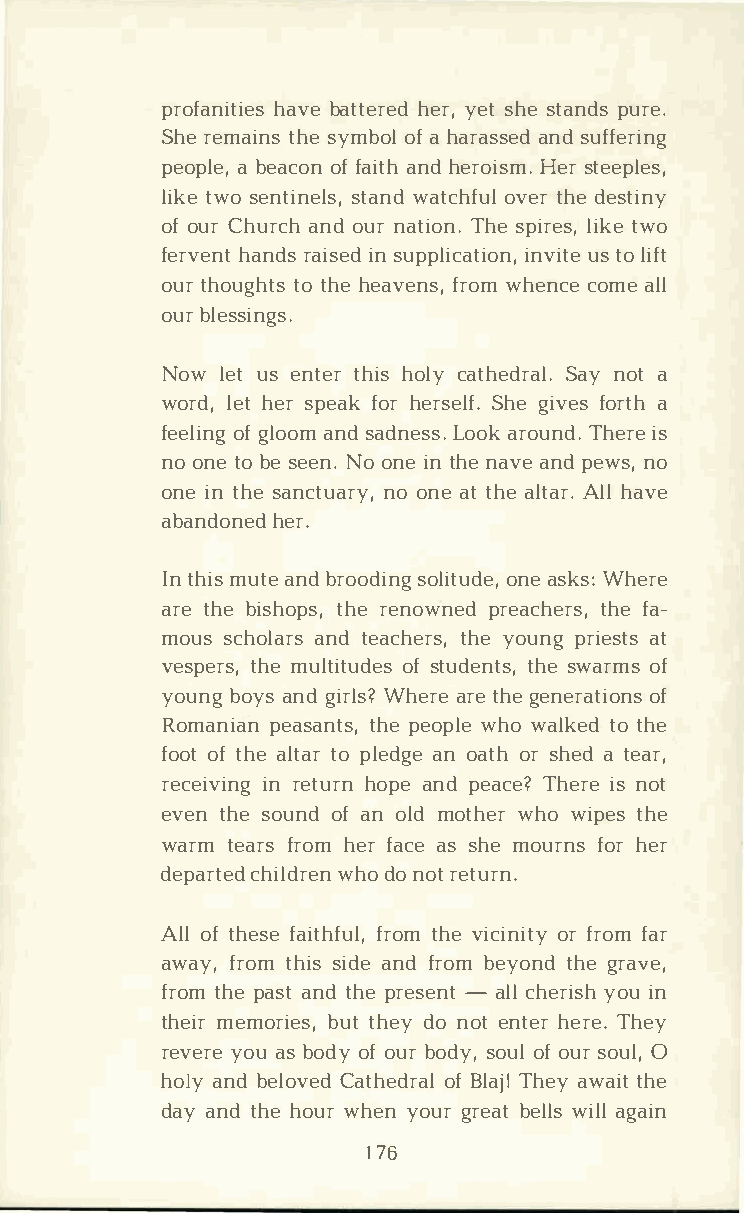
profahnaivtbeia etst heerrye,eds t h set anpdusr e.
 Shree matihnsesy mboofalh araassnsedud f fering
 peopalb ee,a cooffn a iatnhhd e roiHsesmrt. e eples,
 litkweso e ntisntealwnsad,t chofvuetrlhd ee stiny
 ofo uCrh uracnhod u nra tiTohnse.p irleistk,we o
 fervheanntrd asi isnse udp pliicnavtuiistto oeln i,f t
 outrh ougthott hhsee avefnrsow,mh enccoem ael l
 oubrl essings.
 Nowl euts e nttehrih so lcya theSdaryna olat.
 worlde,ht e srp efaokhr e rsSehlgefi .v feosr at h
 feeloifgn lgo aonmd saLdonoeaksr so.uT nhde.ir se
 noo nteob es eeNno.o nient hnea vaen pde wnso,
 onien t hsea nctnuoao rnyae,t t hael tAalrhl.a ve
 abandhoenre.d
 Int hmiust aen bdr oodsoilnigot nuaeds ek,Ws h:e re
 arteh bei shtohprese ,n owpnreeda cthhefera s­,
 moussc hoalnadrt se achtehryeso ,u npgr ieastt s
 vesptehrmesu ,l tiotfus dteusd etnhtsesw ,a romfs
 youbnogy asn gdi rWlhse?ra ert eh gee neraotfi ons
 Romanpieaans atnhtpese ,o pwlheow alkteotd h e
 foootft hael ttaopr l edagnoe a tohrs headt ear,
 receiivnri entguh ronpa en dp eacTeh?e irsen ot
 evetnh seo unodfa no lmdo thwehrow iptehse
 wartme afrrso hme fra caess hmeo urfnoshr e r
 departedw    hcodh oin lordter teunr n.
 Alolft hefsaei tfhrfoutmlh v,ei cionrfi rtoyfm a r
 awafyr, otmh issi daen df robme yotnhdge r ave,
 frotmh pea satnt dh per es-eanltcl h eryiosiuhn
 themierm orbiuets ,t dhon eoyet n theerr Teh.e y
 reveyroeau s b odoyfo ubro dsyo,uo lfo usro u0l ,
 holayn bde loCvaetdh eodfBr laaTljh lea yw atihte
 daayn tdh heo uwrh eyno ugrr ebaetlw lisal gla in
 176